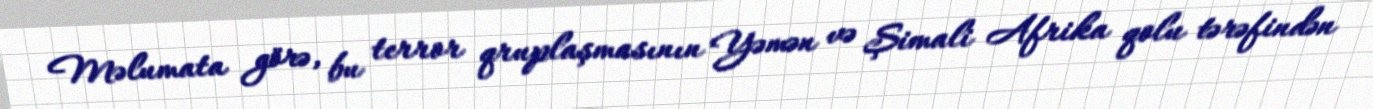
Məlumata görə, bu terror qruplaşmasının Yəmən və Şimali Afrika qolu tərəfindən